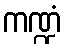
ကဏ္ဍံ